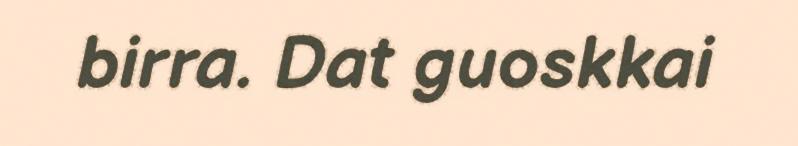
birra. Dat guoskkai